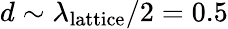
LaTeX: d\sim\lambda_{\mathrm{lattice}}/2=0.5